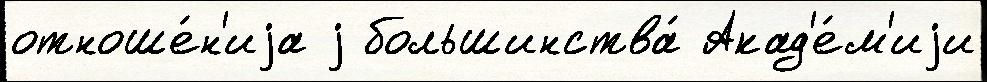
отноше́н'иjа j большинства́ Акад'е́м'иjи